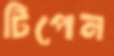
টিপেন